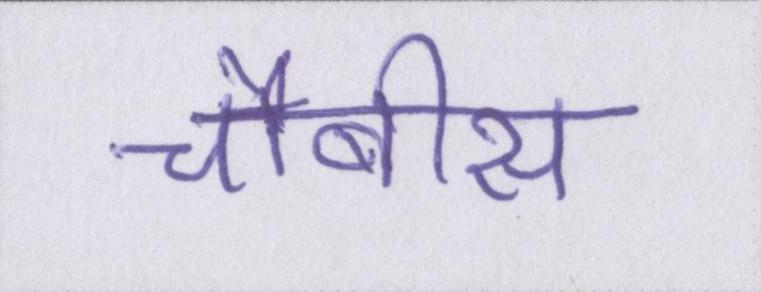
चौबीस